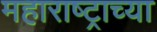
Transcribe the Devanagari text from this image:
महाराष्‍ट्राच्या